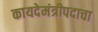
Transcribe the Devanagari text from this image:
कायदेमंत्रीपदाचा